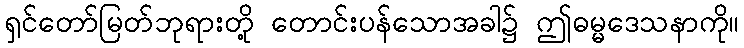
ရှင်တော်မြတ်ဘုရားတို့ တောင်းပန်သောအခါ၌ ဤဓမ္မဒေသနာကို။